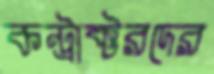
কন্ট্রাক্টরদের